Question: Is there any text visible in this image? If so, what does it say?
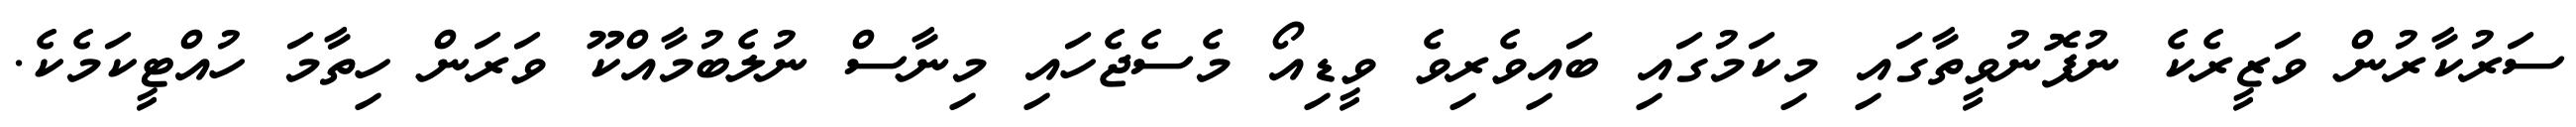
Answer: ސަރުކާރުން ވަޒީރެކެ ނުފޮނުވީތާގައި މިކަމުގައި ބައިވެރިވެ ވީޑިއޯ މެސެޖެހައި މިނާސް ނުލެބުމާއްކޫ ވަރަން ހިތާމަ ހުއްޓީކަމެކެ.